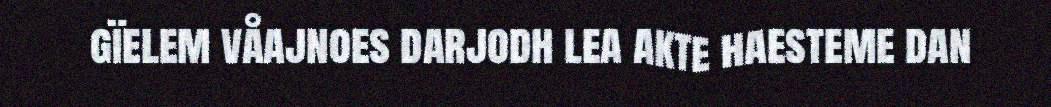
gïelem våajnoes darjodh lea akte haesteme dan